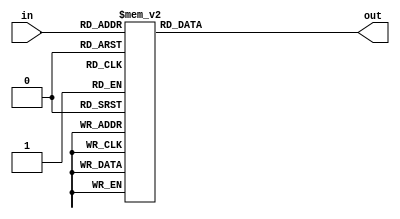
`timescale 1ns / 1ps
//////////////////////////////////////////////////////////////////////////////////
// Company: 
// Engineer: 
// 
// Design Name: 
// Module Name: binary_to_seven_segment
// Project Name: 
// Target Devices: 
// Tool Versions: 
// Description: 
// 
// Dependencies: 
// 
// Revision:
// Revision 0.01 - File Created
// Additional Comments:
// 
//////////////////////////////////////////////////////////////////////////////////


module binary_to_seven_segment(
    output reg [6:0] out,
    input [3:0] in
);
    
    always @(in)
    begin
        case (in)
            4'b0000 : out = 7'b0111111;   // 0
            4'b0001 : out = 7'b0000110;   // 1
            4'b0010 : out = 7'b1011011;   // 2
            4'b0011 : out = 7'b1001111;   // 3
            4'b0100 : out = 7'b1100110;   // 4
            4'b0101 : out = 7'b1101101;   // 5
            4'b0110 : out = 7'b1111101;   // 6
            4'b0111 : out = 7'b0000111;   // 7
            4'b1000 : out = 7'b1111111;   // 8
            4'b1001 : out = 7'b1101111;   // 9
            4'b1010 : out = 7'b1110111;   // A
            4'b1011 : out = 7'b1111100;   // b
            4'b1100 : out = 7'b0111001;   // C
            4'b1101 : out = 7'b1011110;   // d
            4'b1110 : out = 7'b1111001;   // E
            4'b1111 : out = 7'b1110001;   // F
        endcase
    end
    
endmodule